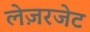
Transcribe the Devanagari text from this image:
लेज़रजेट